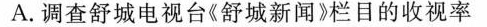
A.调查舒城电视台《舒城新闻》栏目的收视率